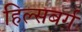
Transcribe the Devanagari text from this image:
हिल्सबर्ग